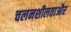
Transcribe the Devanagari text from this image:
चलनशीलताऔर